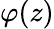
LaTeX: \varphi(z)